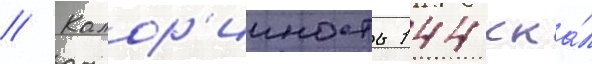
// Калор'ииность 144 кка́л